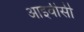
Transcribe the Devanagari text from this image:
आइवीसी